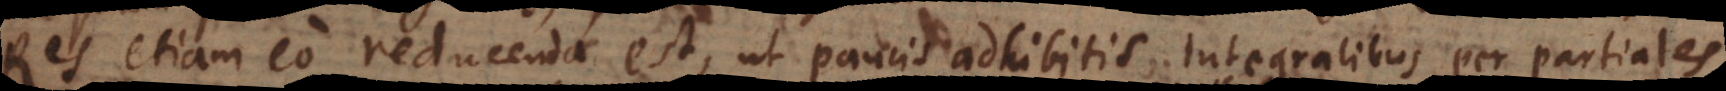
Res etiam eo reducenda est, ut paucis adhibitis integralibus per partiales